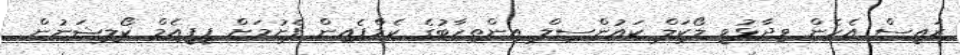
ރައީސް އެހެން ވިދާޅުވީ ލޯކަލް ކައުންސިލް އިންތިހާބުގެ ކެމްޕެއިން ފެށުމަށް ޕީޕީއެމް ކޯލިޝަނުން